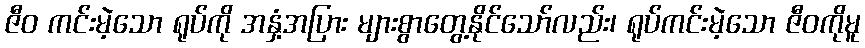
ဇီဝ ကင်းမဲ့သော ရုပ်ကို အနှံ့အပြား များစွာတွေ့နိုင်သော်လည်း၊ ရုပ်ကင်းမဲ့သော ဇီဝကိုမူ